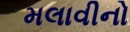
મલાવીનો